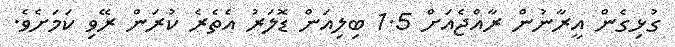
ގުޅިގެން އީރާނުން ރާއްޖެއަށް 1.5 ބިލިއަން ޑޮލަރު އެތެރެ ކުރަން ރޭވި ކަމަށެވެ.